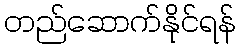
တည်ဆောက်နိုင်ရန်